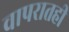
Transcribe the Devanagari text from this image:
वापरातही